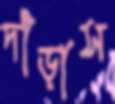
দাঁড়াস